Annual report on the working of the mental hospitals in the Madras Presidency - 1912-1932
Year: 1912
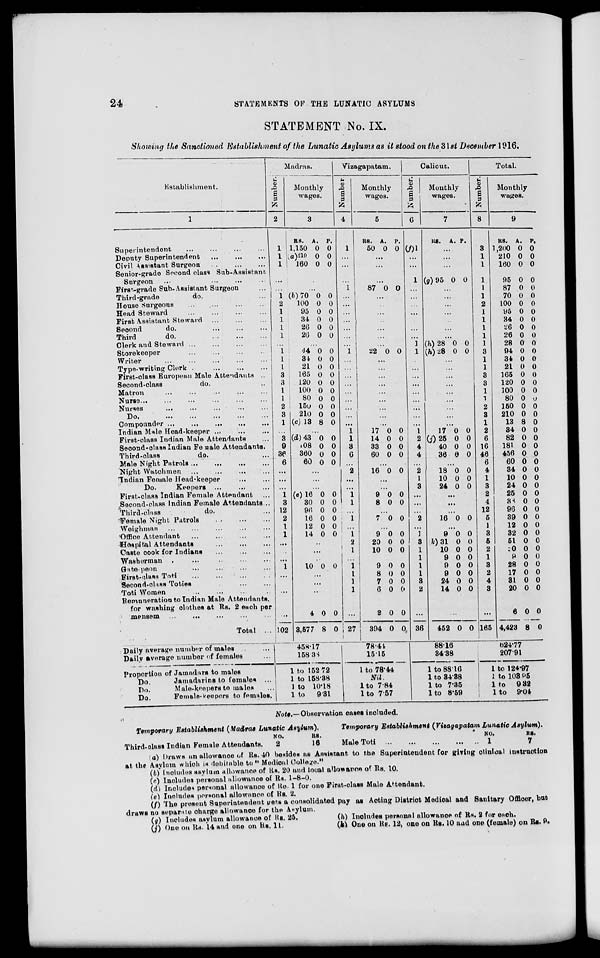
24
STATEMENTS OF THE LUNATIC ASYLUMS
STATEMENT No. IX.
Showing the Sanctioned Establishment of the Lunatic Asylums as it stood on the 31st December 1916.
Establishment.
1
Superintendent ... ... ... ...
Deputy Superintendent
...
...
...
Civil Assistant Surgeon ...
...
...
Senior-grade Second class Sub-Assistant
Surgeon ... ... ... ... ...
First-grade Sub-Assistant Surgeon ...
Third-grade
do. ...
House Surgeons
...
...
...
...
Head Steward ... ... ... ...
First Assistant Steward ... ... ...
Second
do. ... ... ...
Third
do.
...
...
...
Clerk and Steward ... ... ... ...
Storekeeper ... ... ... ...
Writer ... ... ... ... ...
Type-writing Clerk ... ... ...
First-class European Male Attendants ...
Second-class
do. ...
Matron ... ... ... ... ...
Nurse
...
...
...
...
...
Nurses
...
...
...
...
...
Do.
...
...
...
...
...
Compounder
...
...
...
...
...
Indian Male Head-keeper ... ... ...
First-class Indian Male Attendants ...
Second-class Indian Female Attendants.
Third-class
do. ...
Male Night Patrols
...
...
...
...
Night Watchmen ... ... ... ...
Indian Female Head-keeper ... ...
Do.
Keepers ... ... ...
First-class Indian Female Attendant ...
Second-class Indian Female Attendants ...
Third-class
do. ...
Female Night Patrols
...
...
...
Weighman ... ... ... ... ...
Office Attendant
... ... ... ...
Hospital Attendants ... ... ...
Caste cook for Indians
...
...
...
Washerman
...
...
...
...
Gate-peon ... ... ... ...
First-class Toti
...
...
...
...
Second-class Toties ... ... ...
Toti Women
...
...
...
...
Remuneration to Indian Male Attendants,
for washing clothes at Rs. 2 each per
mensem ... ... ... ... ...
Total ...
Daily average number of males ... ...
Daily average number of females ...
Proportion of Jamadars to males
Do.
Jamadarins to females ...
Do.
Male-keepers to males ...
Do.
Female-keepers to females.
Madras.
Number.
2
1
1
1
...
...
1
2
1
1
1
1
...
1
1
1
3
3
1
1
2
3
1
...
3
9
36
6
...
...
...
1
3
12
2
1
1
...
...
...
1
...
...
...
...
102
Monthly
wages.
3
RS.
1,150
(a)210
160
A.
0
0
0
P.
0
0
0
...
...
(b)70
100
95
34
26
26
0
0
0
0
0
0
0
0
0
0
0
0
...
44
34
21
165
120
100
80
150
210
(c)13
0
0
0
0
0
0
0
0
0
8
0
0
0
0
0
0
0
0
0
0
...
(d)43
08
360
60
0
0
0
0
0
0
0
0
...
...
...
(e)16
30
96
16
12
14
0
0
0
0
0
0
0
0
0
0
0
0
...
...
...
10 0 0
...
...
...
4
3,577
0
8
0
0
458.17
158.38
1 to 152.72
1 to 158.38
1 to 10.18
1 to 9.31
Vizagapatam.
Number.
4
1
...
...
...
1
...
...
...
...
...
...
...
1
...
...
...
...
...
...
...
...
...
1
1
3
6
...
2 ...
...
1 1
...
1
...
1
2
1
...
1
1
1
1
...
27
Monthly
wages.
5
RS.
50
A.
0
P.
0
...
...
...
87 0 0
...
...
...
...
...
...
...
22 0 0
...
...
...
...
...
...
...
...
...
17
14
33
60
0
0
0
0
0
0
0
0
...
16 0 0
...
...
9
8
0
0
0
0
...
7 0 0
...
9
20
10
0
0
0
0
0
0
...
9
8
7
6
2
394
0
0
0
0
0
0
0
0
0
0
0
0
78.44
15.15
1 to 78.44
Nil.
1 to 7.84
1 to 7.57
Calicut.
Number.
6
(f)1
...
...
1
...
...
...
...
...
...
...
1 1
...
...
...
...
...
...
...
...
...
1 2
4
4
...
2
1
3
...
...
...
2
...
1
3
1
1
1
1
3
2
...
36
Monthly
wages.
7
RS.
A. P.
...
...
...
(g)95 0 0
...
...
...
...
...
...
...
(h) 28
(h) 28
0
0
0
0
...
...
...
...
...
...
...
...
...
17
(j) 25
40
36
0
0
0
0
0
0
0
0
...
18
10
24
0
0
0
0
0
0
...
...
...
16 0 0
...
9
(k) 31
10
9
9
9
24
14
0
0
0
0
0
0
0
0
0
0
0
0
0
0
0
0
...
452 0 0
88.16
34.38
1 to 88.16
1 to 34.38
1 to 7.35
1 to 8.59
Total.
Number.
8
3
1
1
1
1
1
2
1
1
1
1
1
3
1
1
3
3
1
1
2
3
1
2
6
16
46
6
4
1
3
2
4
12
5
1
3
5
2
1
3
2
4
3
...
165
Monthly
wages.
9
RS.
1,200
210
160
95
87
70
100
95
34
26
26
28
94
34
21
165
120
100
80
150
210
13
34
82
181
456
60
34
10
24
25
38
96
39
12
32
51
0
9
28
17
31
20
6
4,423
A.
0
0
0
0
0
0
0
0
0
0
0
0
0
0
0
0
0
0
0
0
0
8
0
0
0
0
0
0
0
0
0
0
0
0
0
0
0
0
0
0
0
0
0
0
8
P.
0 0
0
0
0
0
0
0
0
0
0
0
0
0
0
0
0
0
0
0
0
0
0
0
0
0
0
0
0
0
0
0
0
0
0
0
0
0
0
0
0
0
0
0
0
624.77
207.91
1 to 124.97
1 to 103.95
1 to 9.32
1 to 9.04
Note.— Observation cases included.
Temporary Establishment (Madras Lunatic Asylum).
Third-class Indian Female Attendants.
NO.
2
RS.
16
Temporary Establishment (Vizagapatam Lunatic Asylum).
Male Toti
...
...
...
...
...
NO.
1
RS.
7
(a) Draws an allowance of Rs. 40 besides as Assistant to the Superintendent for giving clinical instruction
at the Asylum which is debitable to "Medical College."
(b) Includes asylum allowance of Rs. 20 and local allowance of Rs. 10.
(c) Includes personal allowance of Rs. 1-8-0.
(d) Includes personal allowance of Re. 1 for one First-class Male Attendant.
(e) Includes personal allowance of Rs. 2.
(f) The present Superintendent gets a consolidated pay as Acting District Medical and Sanitary Officer, but
draws no separate charge allowance for the Asylum.
(g) Includes asylum allowance of Rs. 25.
(h) Includes personal allowance of Rs. 2 for each.
(j) One on Rs. 14 and one on Rs. 11.
(k) One on Rs. 12, one on Rs. 10 and one (female) on Rs. 9.